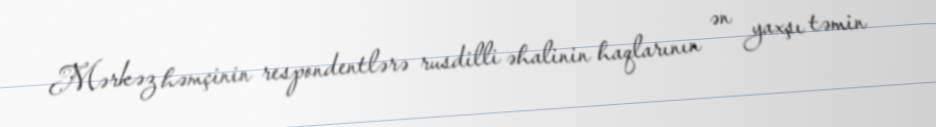
Mərkəz həmçinin respondentlərə rusdilli əhalinin haqlarının ən yaxşı təmin